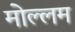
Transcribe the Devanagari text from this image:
मोल्लम